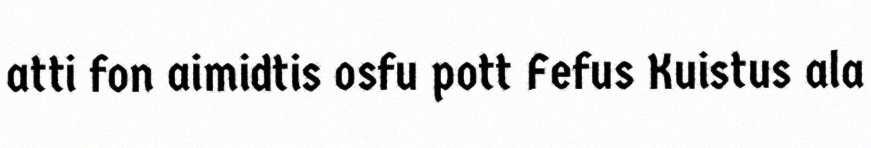
atti fon aimidtis osfu pott Fefus Kuistus ala